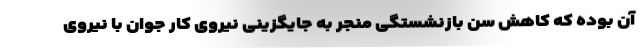
آن بوده که کاهش سن بازنشستگی منجر به جایگزینی نیروی کار جوان با نیروی